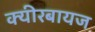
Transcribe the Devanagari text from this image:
क्यीरबायज